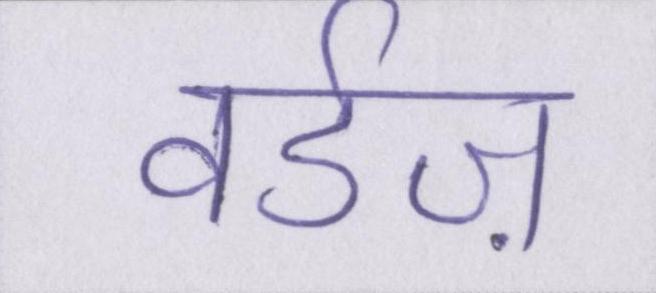
वर्डज़